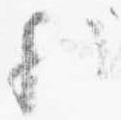
歟